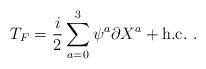
LaTeX: \begin{align*}T_F={i\over 2}\sum_{a=0}^{3} \psi^a \partial X^a +{\mbox {h.c.}}~.\end{align*}